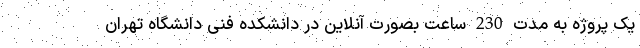
یک پروژه به مدت 230 ساعت بصورت آنلاين در دانشکده فنی دانشگاه تهران